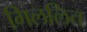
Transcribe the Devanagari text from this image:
गिललित